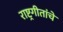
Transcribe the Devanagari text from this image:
राष्ट्रगीतांचे